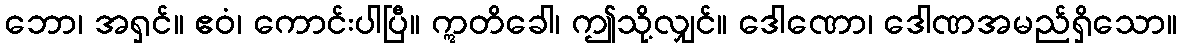
ဘော၊ အရှင်။ ဧဝံ၊ ကောင်းပါပြီ။ ဣတိခေါ၊ ဤသို့လျှင်။ ဒေါဏော၊ ဒေါဏအမည်ရှိသော။